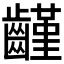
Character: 𪙟